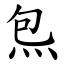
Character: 炰